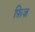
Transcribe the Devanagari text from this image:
फ़िज़